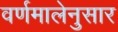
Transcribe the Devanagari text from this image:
वर्णमालेनुसार